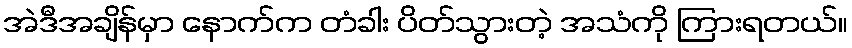
အဲဒီအချိန်မှာ နောက်က တံခါး ပိတ်သွားတဲ့ အသံကို ကြားရတယ်။